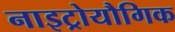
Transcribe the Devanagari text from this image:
नाइट्रोयौगिक